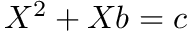
X ^ { 2 } + X b = c